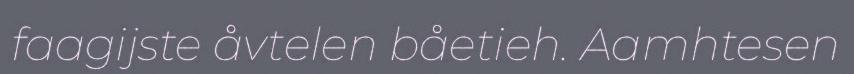
faagijste åvtelen båetieh. Aamhtesen